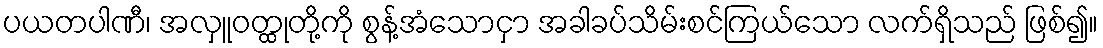
ပယတပါဏီ၊ အလှူဝတ္ထုတို့ကို စွန့်အံသောငှာ အခါခပ်သိမ်းစင်ကြယ်သော လက်ရှိသည် ဖြစ်၍။